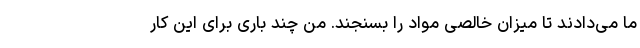
ما می‌دادند تا میزان خالصی مواد را بسنجند. من چند باری برای این کار